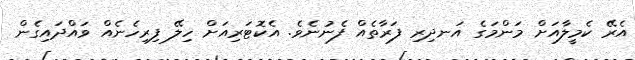
އެރޭ ކެމީލާއަށް މަންމަގެ އަނދިރި ފަރާތެއް ފެނުނެވެ. އެކޮޓަރިއަށް ހިލޭ ފިރިހެނެއް ވައްދައިގެން